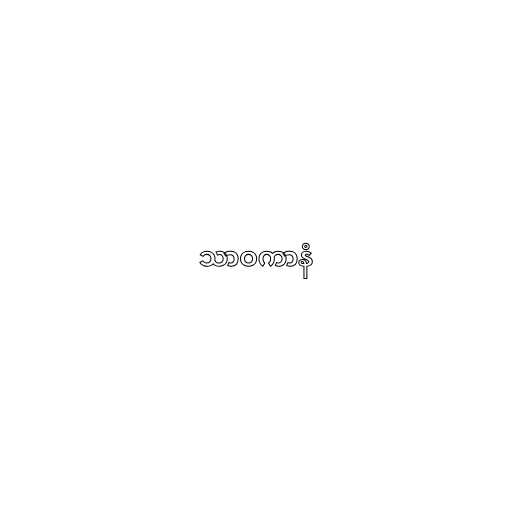
သာဝကာနံ